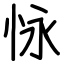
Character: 怺